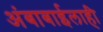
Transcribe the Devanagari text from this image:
अंबाबाईलाही